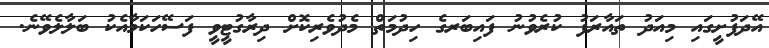
އޭދަފުށީގައި މިއަދު ތައާރަފު ކުރެވުނު ފައިބަރގެ ހިދުމަތް މެދުވެރިކޮށް ދިރާގުޓީވީ ފަސޭހަކަމާއެކު ބަލާލެވޭނެ.